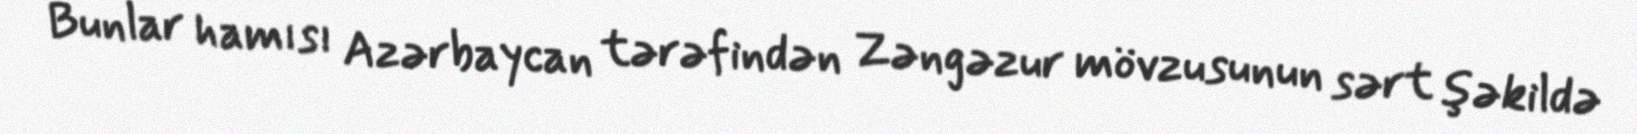
Bunlar hamısı Azərbaycan tərəfindən Zəngəzur mövzusunun sərt şəkildə